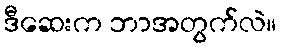
ဒီဆေးက ဘာအတွက်လဲ။